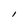
Character: I